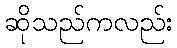
ဆိုသည်ကလည်း